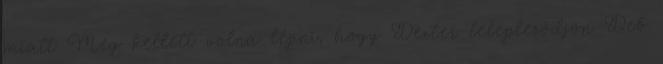
miatt Meg kellett volna lépni, hogy Dexter lelepleződjön Deb